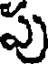
పు